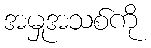
အမှုအသစ်ကို